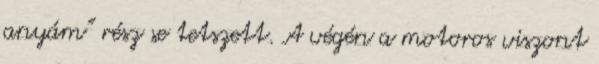
anyám” rész se tetszett. A végén a motoros viszont